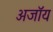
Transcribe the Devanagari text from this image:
अजॉय